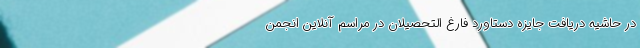
در حاشیه دریافت جایزه دستاورد فارغ التحصیلان در مراسم آنلاين انجمن